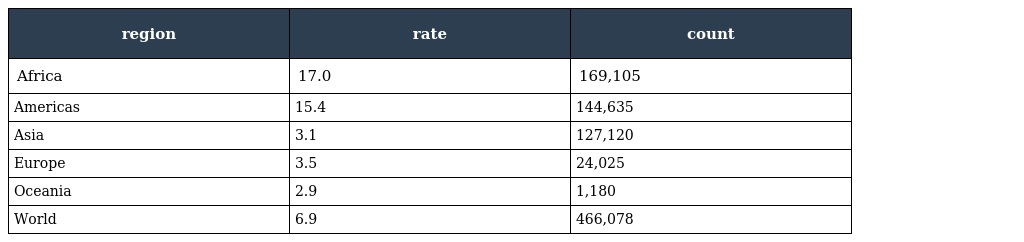
| region | rate | count |
 | --- | --- | --- |
 | Africa | 17.0 | 169,105 |
 | Americas | 15.4 | 144,635 |
 | Asia | 3.1 | 127,120 |
 | Europe | 3.5 | 24,025 |
 | Oceania | 2.9 | 1,180 |
 | World | 6.9 | 466,078 |